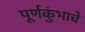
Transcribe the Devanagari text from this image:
पूर्णकुंभाचे